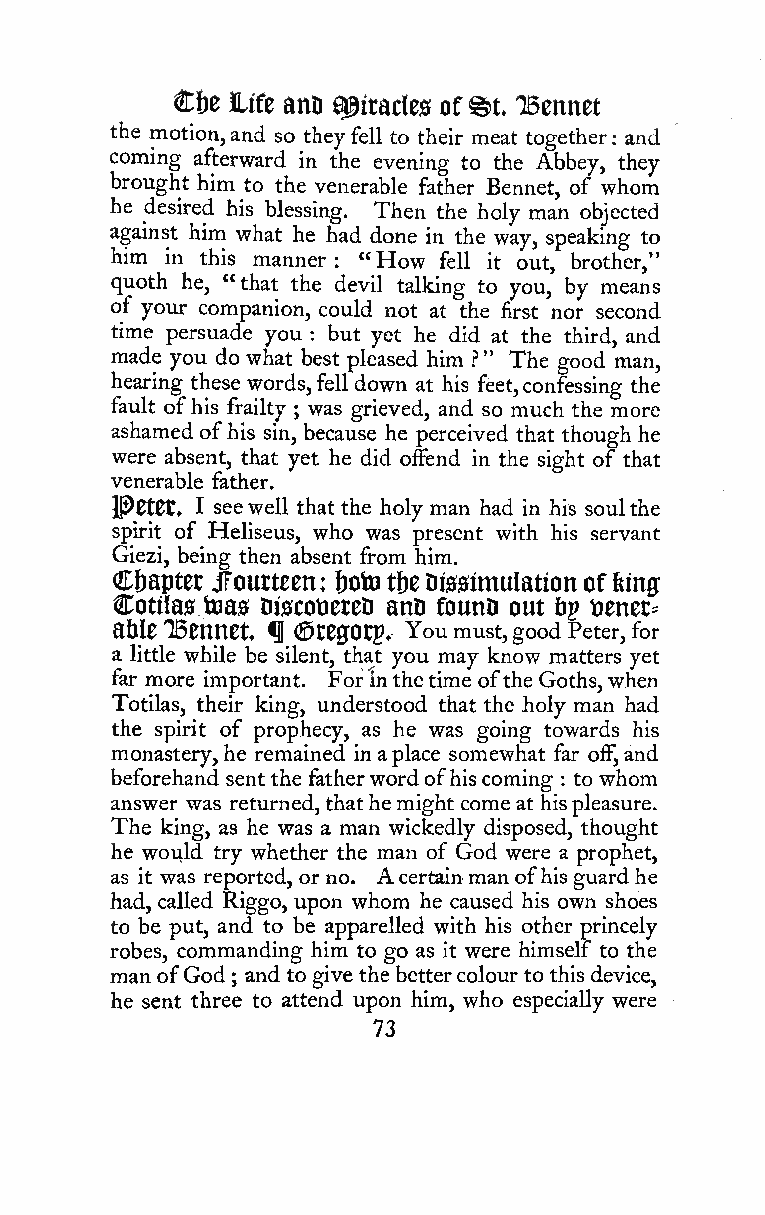
Cfje life anD agiracles of%t iBennet
 the motion,and so theyfell to their meat together and
 :
 coming afterward in the evening to the Abbey, they
 brought him to the venerable father Bennet, of whom
 he desired his blessing. Then the holy man objected
 against him what he had done in the way, speaking to
 him in this manner: "How fell it out, brother,"
 quoth he, "that the devil talking to you, by means
 of your companion, could not at the first nor second
 time persuade you : but yet he did at the third, and
 made you do what best pleased him ?" The good man,
 hearing these words,fell down at his feet,confessing the
 fault ofhis frailty was grieved, and so much the more
 ;
 ashamed ofhis sin, because he perceived that though he
 were absent, that yet he did offend in the sight of that
 venerable father.
 lP0t0t, I seewell that the holy man had in his soulthe
 spirit of Heliseus, who was present with his servant
 Giezi, being then absent from him.
 Chapter jFoutteen: i)oto tbe Dissimulation of king
 Cotilas teas DiscotieteD anD founD out tip t)enet=
 able IBennet f (SteffOtp, You must,good Peter, for
 a little while be silent, that you may know matters yet
 far more important. For inthetime ofthe Goths,when
 Totilas, their king, understood that the holy man had
 the spirit of prophecy, as he was going towards his
 monastery,he remained inaplace somewhat far off,and
 beforehand sent the fatherwordofhiscoming to whom
 :
 answer was returned,thathemight come at hispleasure.
 The king, as he was a man wickedly disposed, thought
 he would try whether the man of God were a prophet,
 as it was reported, or no. A certainman ofhis guardhe
 had, called Riggo, upon whom he caused his own shoes
 to be put, and to be apparelled with his other princely
 robes, commanding him to go as it were himself to the
 manofGod ; and to give the bettercolour to this device,
 he sent three to attend upon him, who especially were
 73